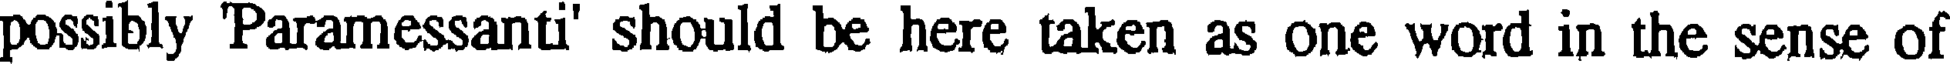
possibly 'Paramessanti' should be here taken as one word in the sense of